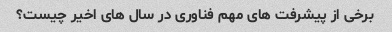
برخی از پیشرفت های مهم فناوری در سال های اخیر چیست؟